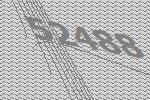
52488